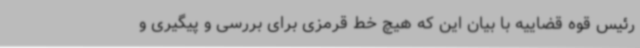
رئیس قوه قضاییه با بیان این که هیچ خط قرمزی برای بررسی و پیگیری و